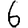
Digit: 6